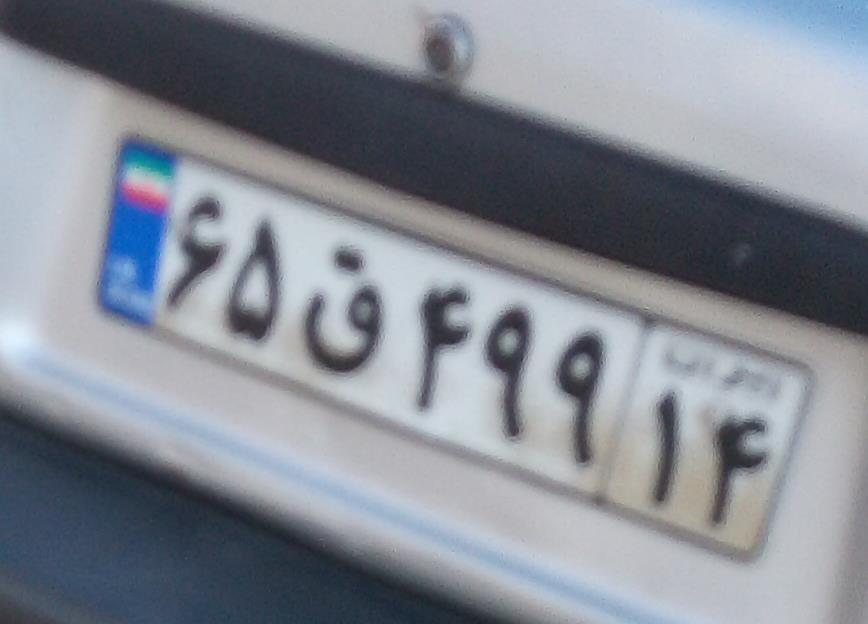
۶۵ق۴۹۹۱۴